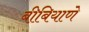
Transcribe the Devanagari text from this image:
बीबियाणे